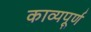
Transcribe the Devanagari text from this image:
काव्यपूर्ण